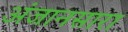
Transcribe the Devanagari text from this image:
अंजानसारा